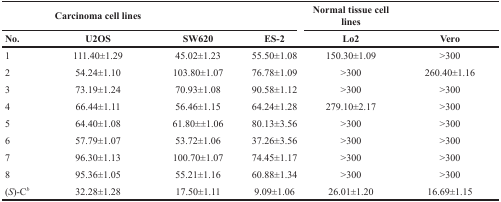
<table><thead><tr><td></td><td><b>Carcinoma cell lines</b></td><td></td><td></td><td><b>Normal tissue cell lines</b></td><td></td></tr><tr><td><b>No.</b></td><td><b>U2OS</b></td><td><b>SW620</b></td><td><b>ES-2</b></td><td><b>Lo2</b></td><td><b>Vero</b></td></tr></thead><tbody><tr><td>1</td><td>111.40±1.29</td><td>45.02±1.23</td><td>55.50±1.08</td><td>150.30±1.09</td><td>&gt;300</td></tr><tr><td>2</td><td>54.24±1.10</td><td>103.80±1.07</td><td>76.78±1.09</td><td>&gt;300</td><td>260.40±1.16</td></tr><tr><td>3</td><td>73.19±1.24</td><td>70.93±1.08</td><td>90.58±1.12</td><td>&gt;300</td><td>&gt;300</td></tr><tr><td>4</td><td>66.44±1.11</td><td>56.46±1.15</td><td>64.24±1.28</td><td>279.10±2.17</td><td>&gt;300</td></tr><tr><td>5</td><td>64.40±1.08</td><td>61.80±±1.06</td><td>80.13±3.56</td><td>&gt;300</td><td>&gt;300</td></tr><tr><td>6</td><td>57.79±1.07</td><td>53.72±1.06</td><td>37.26±3.56</td><td>&gt;300</td><td>&gt;300</td></tr><tr><td>7</td><td>96.30±1.13</td><td>100.70±1.07</td><td>74.45±1.17</td><td>&gt;300</td><td>&gt;300</td></tr><tr><td>8</td><td>95.36±1.05</td><td>55.21±1.16</td><td>60.88±1.34</td><td>&gt;300</td><td>&gt;300</td></tr><tr><td>(<i>S</i>)-C<i><sup>b</sup></i></td><td>32.28±1.28</td><td>17.50±1.11</td><td>9.09±1.06</td><td>26.01±1.20</td><td>16.69±1.15</td></tr></tbody></table>